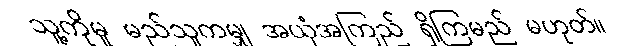
သူ့ကိုမူ မည်သူကမျှ အယုံအကြည် ရှိကြမည် မဟုတ်။